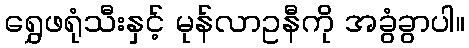
ရွှေဖရုံသီးနှင့် မုန်လာဥနီကို အခွံခွာပါ။